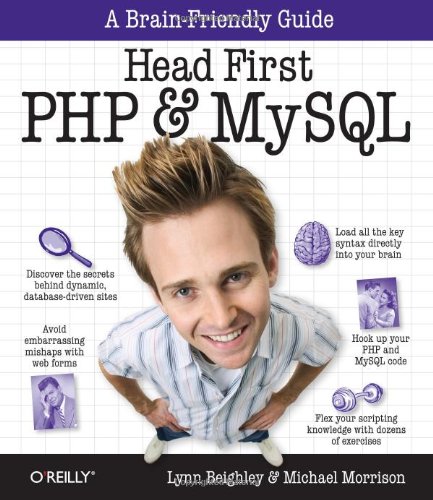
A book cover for Head First PHP & MySQL; Lynn Beighley; Computers & Technology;